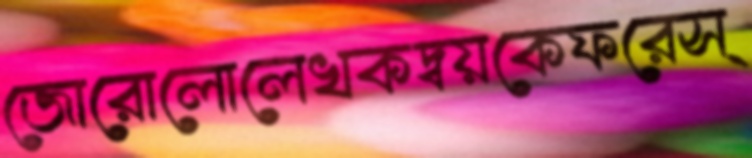
জোরোলোলেখকদ্বয়কেফরেস্